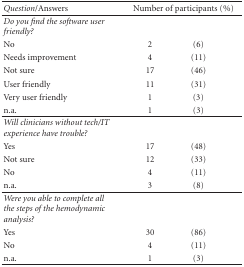
<table><thead><tr><td><b><i>Question</i>/Answers</b></td><td colspan="2"><b>Number of participants (%)</b></td></tr></thead><tbody><tr><td><i>Do you find the software user friendly?</i></td><td colspan="2"></td></tr><tr><td>No</td><td>2</td><td>(6)</td></tr><tr><td>Needs improvement</td><td>4</td><td>(11)</td></tr><tr><td>Not sure</td><td>17</td><td>(46)</td></tr><tr><td>User friendly</td><td>11</td><td>(31)</td></tr><tr><td>Very user friendly</td><td>1</td><td>(3)</td></tr><tr><td>n.a.</td><td>1</td><td>(3)</td></tr><tr><td><i>Will clinicians without tech/IT experience have trouble?</i></td><td></td><td></td></tr><tr><td>Yes</td><td>17</td><td>(48)</td></tr><tr><td>Not sure</td><td>12</td><td>(33)</td></tr><tr><td>No</td><td>4</td><td>(11)</td></tr><tr><td>n.a.</td><td>3</td><td>(8)</td></tr><tr><td><i>Were you able to complete all the steps of the hemodynamic analysis?</i></td><td></td><td></td></tr><tr><td>Yes</td><td>30</td><td>(86)</td></tr><tr><td>No</td><td>4</td><td>(11)</td></tr><tr><td>n.a.</td><td>1</td><td>(3)</td></tr></tbody></table>